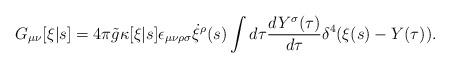
LaTeX: \begin{align*}G_{\mu\nu}[\xi|s] = 4\pi {\tilde g} \kappa[\xi|s] \epsilon_{\mu\nu\rho\sigma} \dot{\xi}^\rho(s) \int d\tau \frac{dY^\sigma(\tau)}{d\tau} \delta^4(\xi(s)-Y(\tau)).\end{align*}